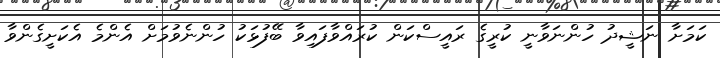
ކަމަށާ ނަޝީދު ހުންނަވާނީ ކުރީގެ ރައީސްކަން ކުރައްވާފައިވާ ބޭފުޅަކު ހުންނެވުމަށް އެންމެ އެކަށީގެންވާ